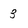
Character: 3